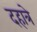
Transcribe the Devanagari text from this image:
दहात्रे